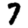
Digit: 7